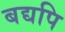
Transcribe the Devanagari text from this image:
बद्यपि